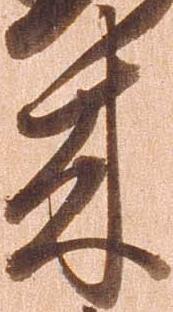
来